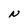
Character: N